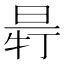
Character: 𣆽